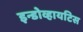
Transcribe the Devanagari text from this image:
इन्डोव्हायटिस